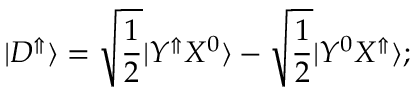
| D ^ { \Uparrow } \rangle = \sqrt { \frac { 1 } { 2 } } | Y ^ { \Uparrow } X ^ { 0 } \rangle - \sqrt { \frac { 1 } { 2 } } | Y ^ { 0 } X ^ { \Uparrow } \rangle ;